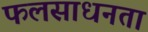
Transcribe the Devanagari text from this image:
फलसाधनता